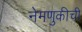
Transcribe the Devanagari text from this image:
नेमणुकीची